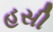
હસી